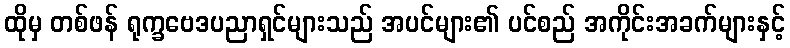
ထိုမှ တစ်ဖန် ရုက္ခဗေဒပညာရှင်များသည် အပင်များ၏ ပင်စည် အကိုင်းအခက်များနှင့်